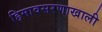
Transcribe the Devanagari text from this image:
हिमावसरणाखाली